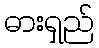
ဓားရှည်